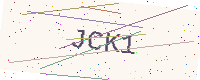
Text: JCK1